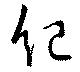
紀